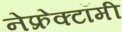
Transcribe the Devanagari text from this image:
नेफ्रेक्टॉमी